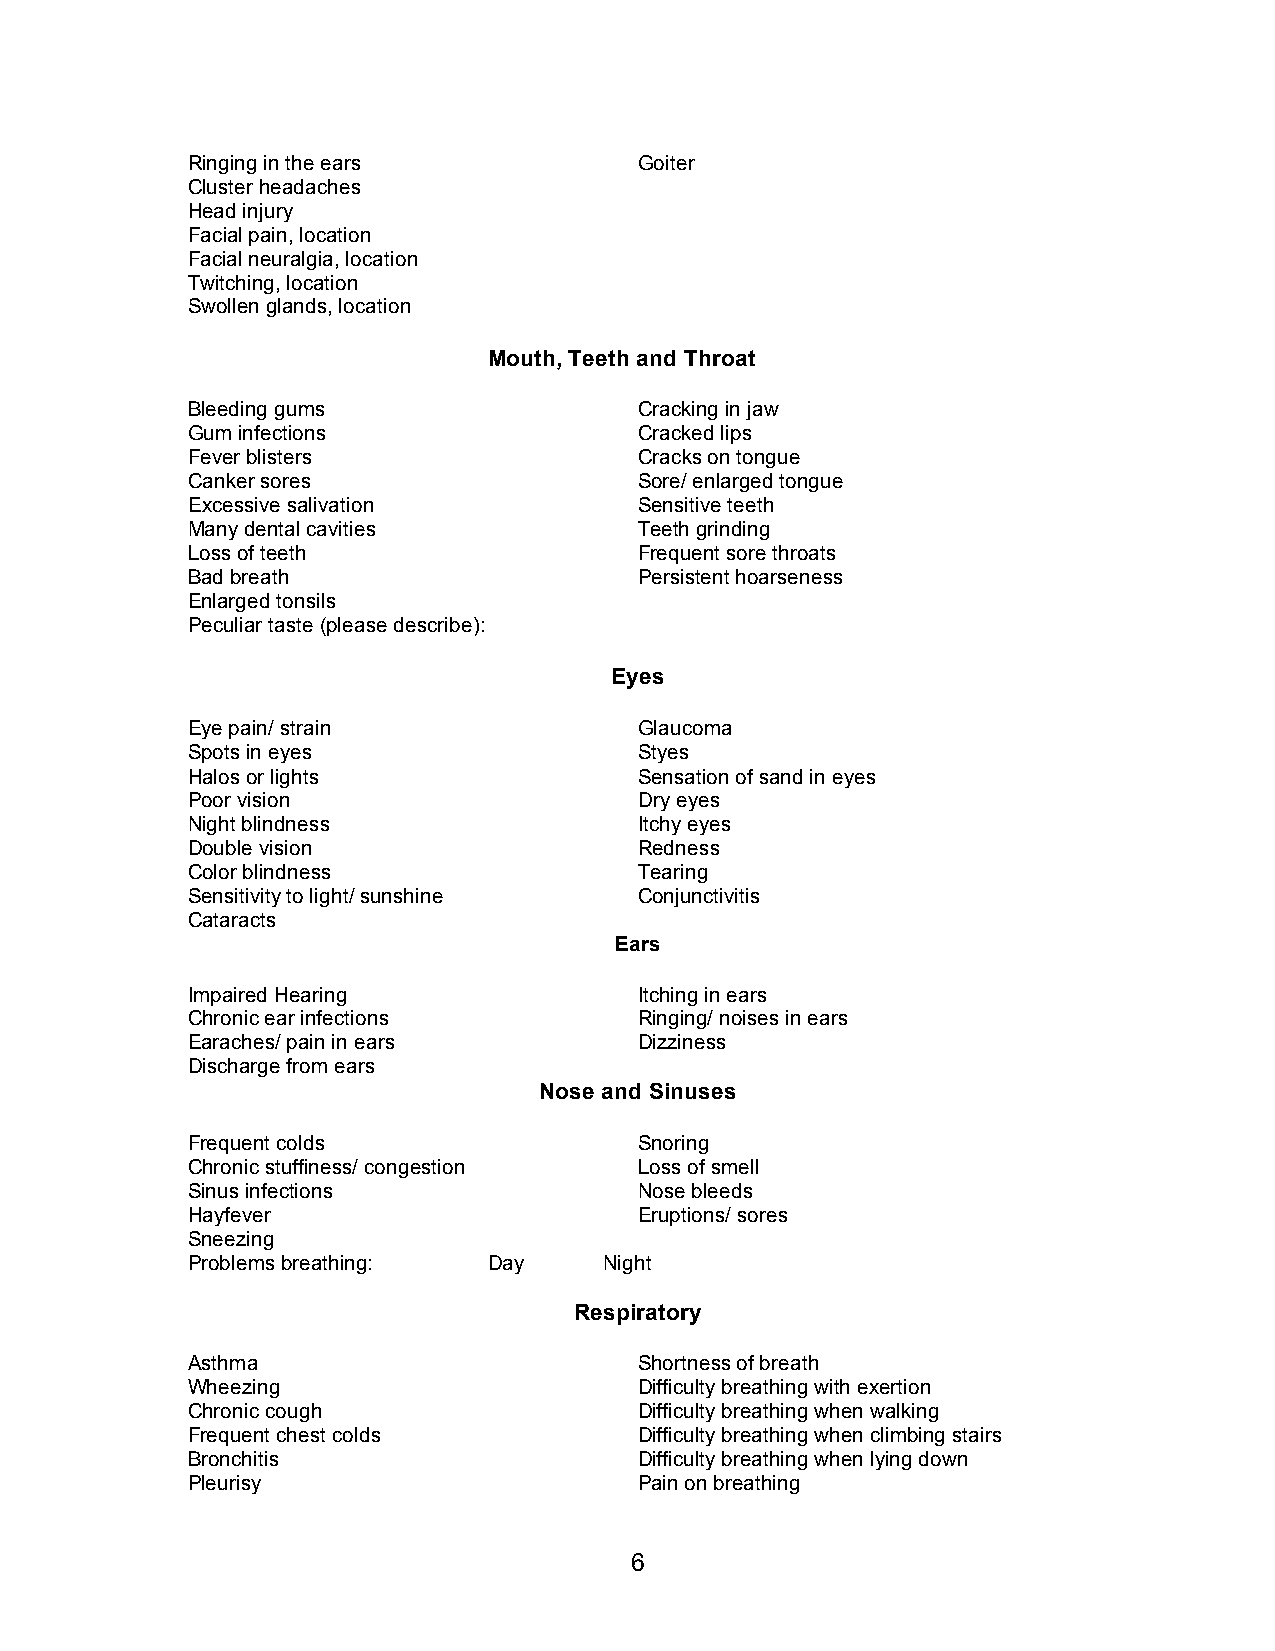
Ringing in the ears           Goiter
 Cluster headaches
 Head injury
 Facial pain, location
 Facial neuralgia, location
 Twitching, location
 Swollen glands, location
 Mouth, Teeth and Throat
 Bleeding gums                 Cracking in jaw
 Gum infections                Cracked lips
 Fever blisters                Cracks on tongue
 Canker sores                  Sore/ enlarged tongue
 Excessive salivation          Sensitive teeth
 Many dental cavities          Teeth grinding
 Loss of teeth                 Frequent sore throats
 Bad breath                    Persistent hoarseness
 Enlarged tonsils
 Peculiar taste (please describe):
 Eyes
 Eye pain/ strain              Glaucoma
 Spots in eyes                 Styes
 Halos or lights               Sensation of sand in eyes
 Poor vision                   Dry eyes
 Night blindness               Itchy eyes
 Double vision                 Redness
 Color blindness               Tearing
 Sensitivity to light/ sunshine Conjunctivitis
 Cataracts
 Ears
 Impaired Hearing              Itching in ears
 Chronic ear infections        Ringing/ noises in ears
 Earaches/ pain in ears        Dizziness
 Discharge from ears
 Nose and Sinuses
 Frequent colds                Snoring
 Chronic stuffiness/ congestion Loss of smell
 Sinus infections              Nose bleeds
 Hayfever                      Eruptions/ sores
 Sneezing
 Problems breathing: Day     Night
 Respiratory
 Asthma                        Shortness of breath
 Wheezing                      Difficulty breathing with exertion
 Chronic cough                 Difficulty breathing when walking
 Frequent chest colds          Difficulty breathing when climbing stairs
 Bronchitis                    Difficulty breathing when lying down
 Pleurisy                      Pain on breathing
 6